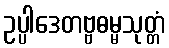
ဥပ္ပါဒေတဗ္ဗဓမ္မသုတ္တံ